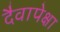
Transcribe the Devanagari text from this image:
दैवापेक्षा